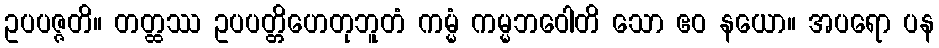
ဥပပဇ္ဇတိ။ တတ္ထဿ ဥပပတ္တိဟေတုဘူတံ ကမ္မံ ကမ္မဘဝေါတိ သော ဧဝ နယော။ အပရော ပန